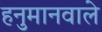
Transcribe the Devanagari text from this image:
हनुमानवाले